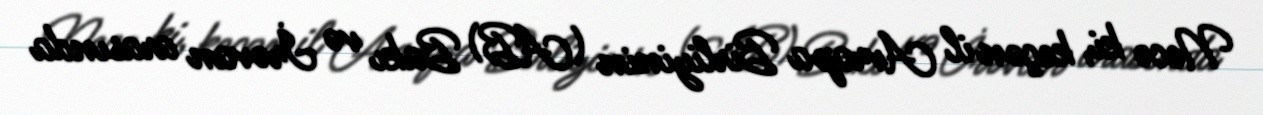
Necə ki, keçən il Avropa Birliyinin (AB) Bakı və İrəvan arasında